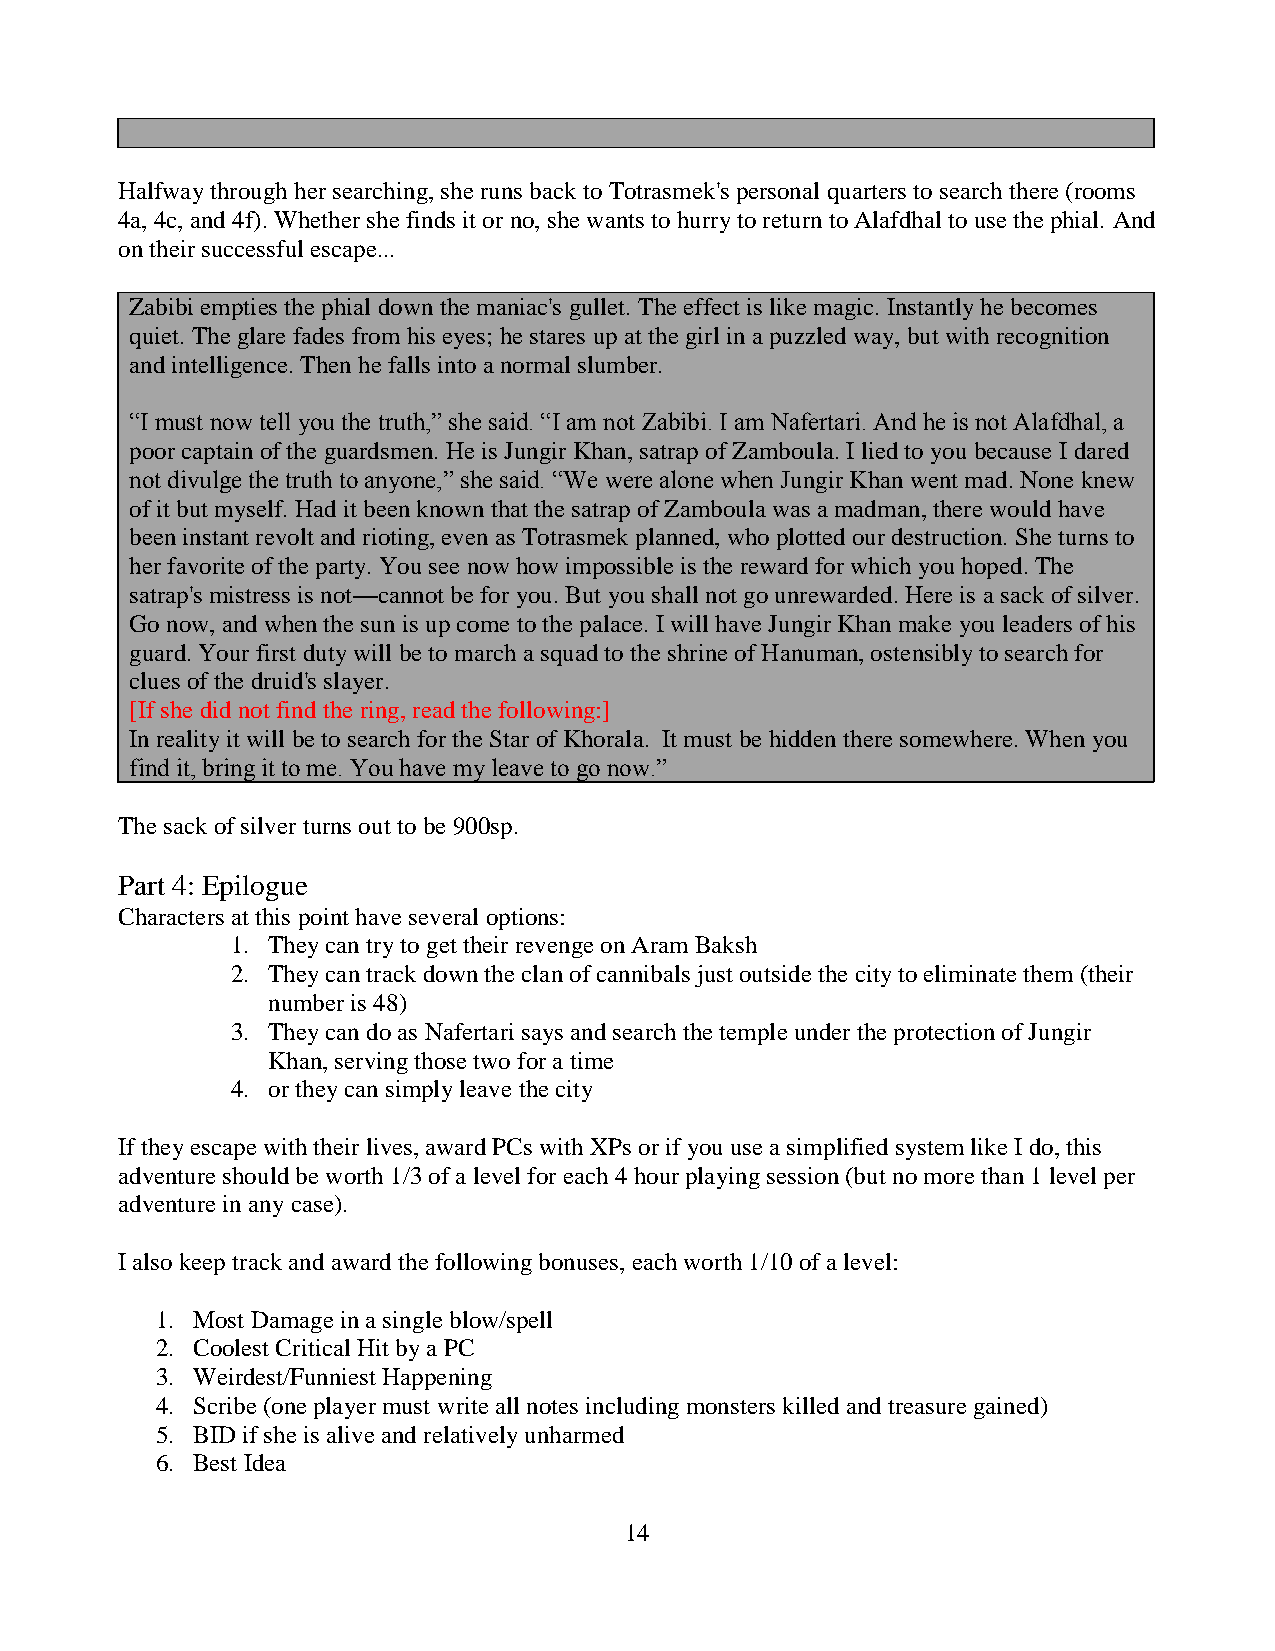
Halfway through her searching, she runs back to Totrasmek's personal quarters to search there (rooms
 4a, 4c, and 4f). Whether she finds it or no, she wants to hurry to return to Alafdhal to use the phial. And
 on their successful escape...
 Zabibi empties the phial down the maniac's gullet. The effect is like magic. Instantly he becomes
 quiet. The glare fades from his eyes; he stares up at the girl in a puzzled way, but with recognition
 and intelligence. Then he falls into a normal slumber.
 “I must now tell you the truth,” she said. “I am not Zabibi. I am Nafertari. And he is not Alafdhal, a
 poor captain of the guardsmen. He is Jungir Khan, satrap of Zamboula. I lied to you because I dared
 not divulge the truth to anyone,” she said. “We were alone when Jungir Khan went mad. None knew
 of it but myself. Had it been known that the satrap of Zamboula was a madman, there would have
 been instant revolt and rioting, even as Totrasmek planned, who plotted our destruction. She turns to
 her favorite of the party. You see now how impossible is the reward for which you hoped. The
 satrap's mistress is not—cannot be for you. But you shall not go unrewarded. Here is a sack of silver.
 Go now, and when the sun is up come to the palace. I will have Jungir Khan make you leaders of his
 guard. Your first duty will be to march a squad to the shrine of Hanuman, ostensibly to search for
 clues of the druid's slayer.
 [If she did not find the ring, read the following:]
 In reality it will be to search for the Star of Khorala. It must be hidden there somewhere. When you
 find it, bring it to me. You have my leave to go now.”
 The sack of silver turns out to be 900sp.
 Part 4: Epilogue
 Characters at this point have several options:
 1. They can try to get their revenge on Aram Baksh
 2. They can track down the clan of cannibals just outside the city to eliminate them (their
 number is 48)
 3. They can do as Nafertari says and search the temple under the protection of Jungir
 Khan, serving those two for a time
 4. or they can simply leave the city
 If they escape with their lives, award PCs with XPs or if you use a simplified system like I do, this
 adventure should be worth 1/3 of a level for each 4 hour playing session (but no more than 1 level per
 adventure in any case).
 I also keep track and award the following bonuses, each worth 1/10 of a level:
 1. Most Damage in a single blow/spell
 2. Coolest Critical Hit by a PC
 3. Weirdest/Funniest Happening
 4. Scribe (one player must write all notes including monsters killed and treasure gained)
 5. BID if she is alive and relatively unharmed
 6. Best Idea
 14